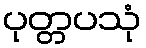
ပုတ္တပသုံ